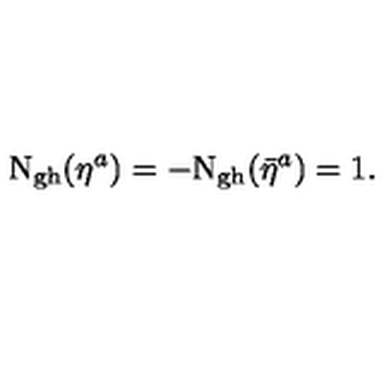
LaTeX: \mathrm { N _ { g h } } ( \eta ^ { a } ) = - \mathrm { \mathrm { N _ { g h } } } ( \bar { \eta } ^ { a } ) = 1 .